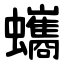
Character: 蠵